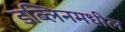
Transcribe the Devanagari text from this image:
डब्लिनमधील